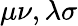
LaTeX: \mu\nu,\lambda\sigma